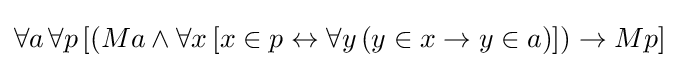
\forall a\,\forall p\,[(Ma\land \forall x\,[x\in p\leftrightarrow \forall y\,(y\in x\rightarrow y\in a)])\rightarrow Mp]